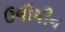
ઉલીયીન